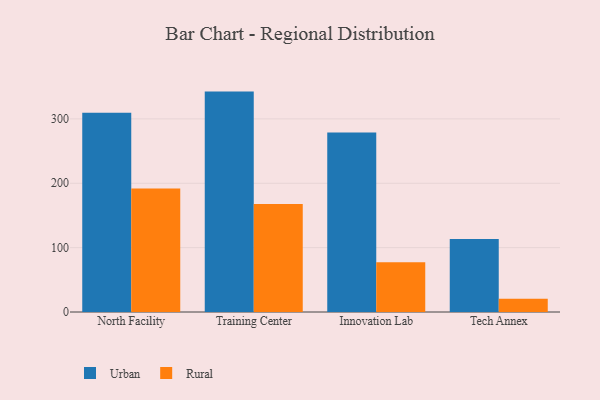
{"axis": {"x": "Campus", "y": "Inventory Turnover"}, "legend": ["Rural", "Urban"], "data": [{"x": "North Facility", "y": 309.7, "type": "Urban"}, {"x": "North Facility", "y": 191.7, "type": "Rural"}, {"x": "Training Center", "y": 342.4, "type": "Urban"}, {"x": "Training Center", "y": 167.9, "type": "Rural"}, {"x": "Innovation Lab", "y": 278.7, "type": "Urban"}, {"x": "Innovation Lab", "y": 77.1, "type": "Rural"}, {"x": "Tech Annex", "y": 113.5, "type": "Urban"}, {"x": "Tech Annex", "y": 20.5, "type": "Rural"}]}